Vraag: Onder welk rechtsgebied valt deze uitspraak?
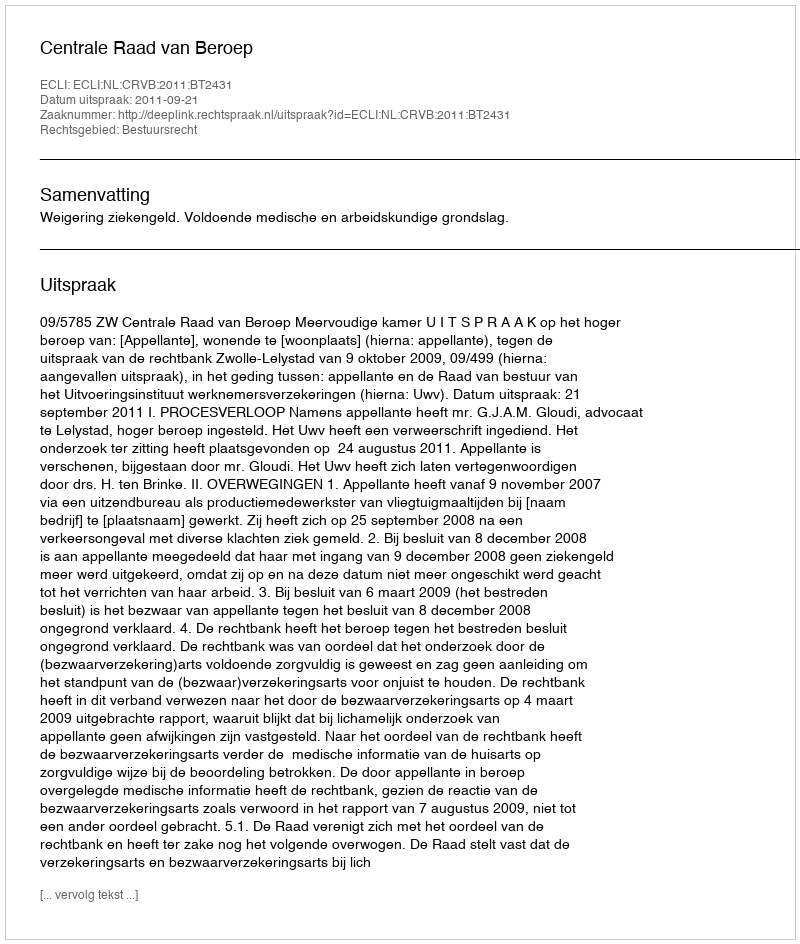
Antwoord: Bestuursrecht